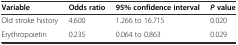
<table><thead><tr><td><b>Variable</b></td><td><b>Odds ratio</b></td><td><b>95% confidence interval</b></td><td><b><i>P</i>value</b></td></tr></thead><tbody><tr><td>Old stroke history</td><td>4.600</td><td>1.266 to 16.715</td><td>0.020</td></tr><tr><td>Erythropoietin</td><td>0.235</td><td>0.064 to 0.863</td><td>0.029</td></tr></tbody></table>